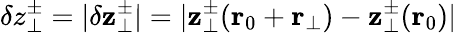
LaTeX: \delta z_{\perp}^{\pm}=\vert\delta\mathbf{z}_{\perp}^{\pm}\vert=\vert\mathbf{z}_{\perp}^{\pm}(\mathbf{r}_{0}+\mathbf{r}_{\perp})-\mathbf{z}_{\perp}^{\pm}(\mathbf{r}_{0})\vert